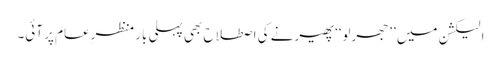
الیکشن میں ’’جھرلو‘‘ پھیرنے کی اصطلاح بھی پہلی بار منظرِعام پر آئی۔